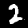
Label: 2